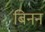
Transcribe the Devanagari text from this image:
बिनन